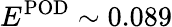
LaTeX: E^{\mathrm{POD}}\sim 0.089